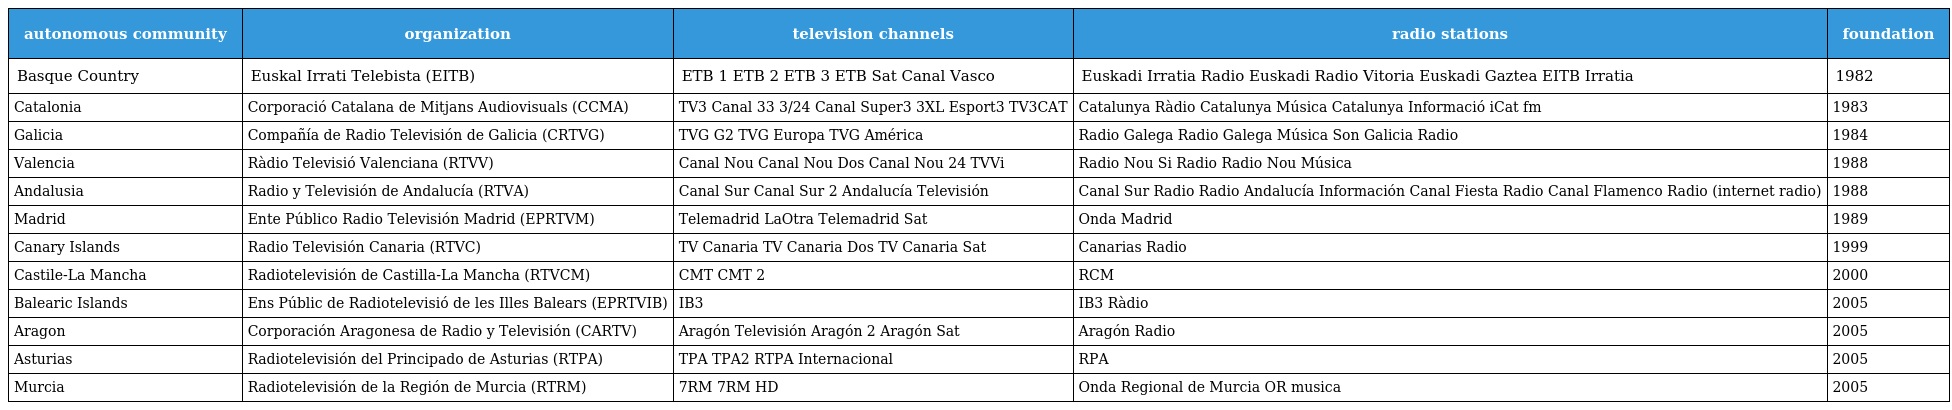
| autonomous community | organization | television channels | radio stations | foundation |
 | --- | --- | --- | --- | --- |
 | Basque Country | Euskal Irrati Telebista (EITB) | ETB 1 ETB 2 ETB 3 ETB Sat Canal Vasco | Euskadi Irratia Radio Euskadi Radio Vitoria Euskadi Gaztea EITB Irratia | 1982 |
 | Catalonia | Corporació Catalana de Mitjans Audiovisuals (CCMA) | TV3 Canal 33 3/24 Canal Super3 3XL Esport3 TV3CAT | Catalunya Ràdio Catalunya Música Catalunya Informació iCat fm | 1983 |
 | Galicia | Compañía de Radio Televisión de Galicia (CRTVG) | TVG G2 TVG Europa TVG América | Radio Galega Radio Galega Música Son Galicia Radio | 1984 |
 | Valencia | Ràdio Televisió Valenciana (RTVV) | Canal Nou Canal Nou Dos Canal Nou 24 TVVi | Radio Nou Si Radio Radio Nou Música | 1988 |
 | Andalusia | Radio y Televisión de Andalucía (RTVA) | Canal Sur Canal Sur 2 Andalucía Televisión | Canal Sur Radio Radio Andalucía Información Canal Fiesta Radio Canal Flamenco Radio (internet radio) | 1988 |
 | Madrid | Ente Público Radio Televisión Madrid (EPRTVM) | Telemadrid LaOtra Telemadrid Sat | Onda Madrid | 1989 |
 | Canary Islands | Radio Televisión Canaria (RTVC) | TV Canaria TV Canaria Dos TV Canaria Sat | Canarias Radio | 1999 |
 | Castile-La Mancha | Radiotelevisión de Castilla-La Mancha (RTVCM) | CMT CMT 2 | RCM | 2000 |
 | Balearic Islands | Ens Públic de Radiotelevisió de les Illes Balears (EPRTVIB) | IB3 | IB3 Ràdio | 2005 |
 | Aragon | Corporación Aragonesa de Radio y Televisión (CARTV) | Aragón Televisión Aragón 2 Aragón Sat | Aragón Radio | 2005 |
 | Asturias | Radiotelevisión del Principado de Asturias (RTPA) | TPA TPA2 RTPA Internacional | RPA | 2005 |
 | Murcia | Radiotelevisión de la Región de Murcia (RTRM) | 7RM 7RM HD | Onda Regional de Murcia OR musica | 2005 |